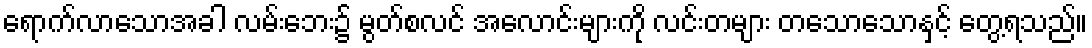
ရောက်လာသောအခါ လမ်းဘေး၌ မွတ်စလင် အလောင်းများကို လင်းတများ တသောသောနှင့် တွေ့ရသည်။